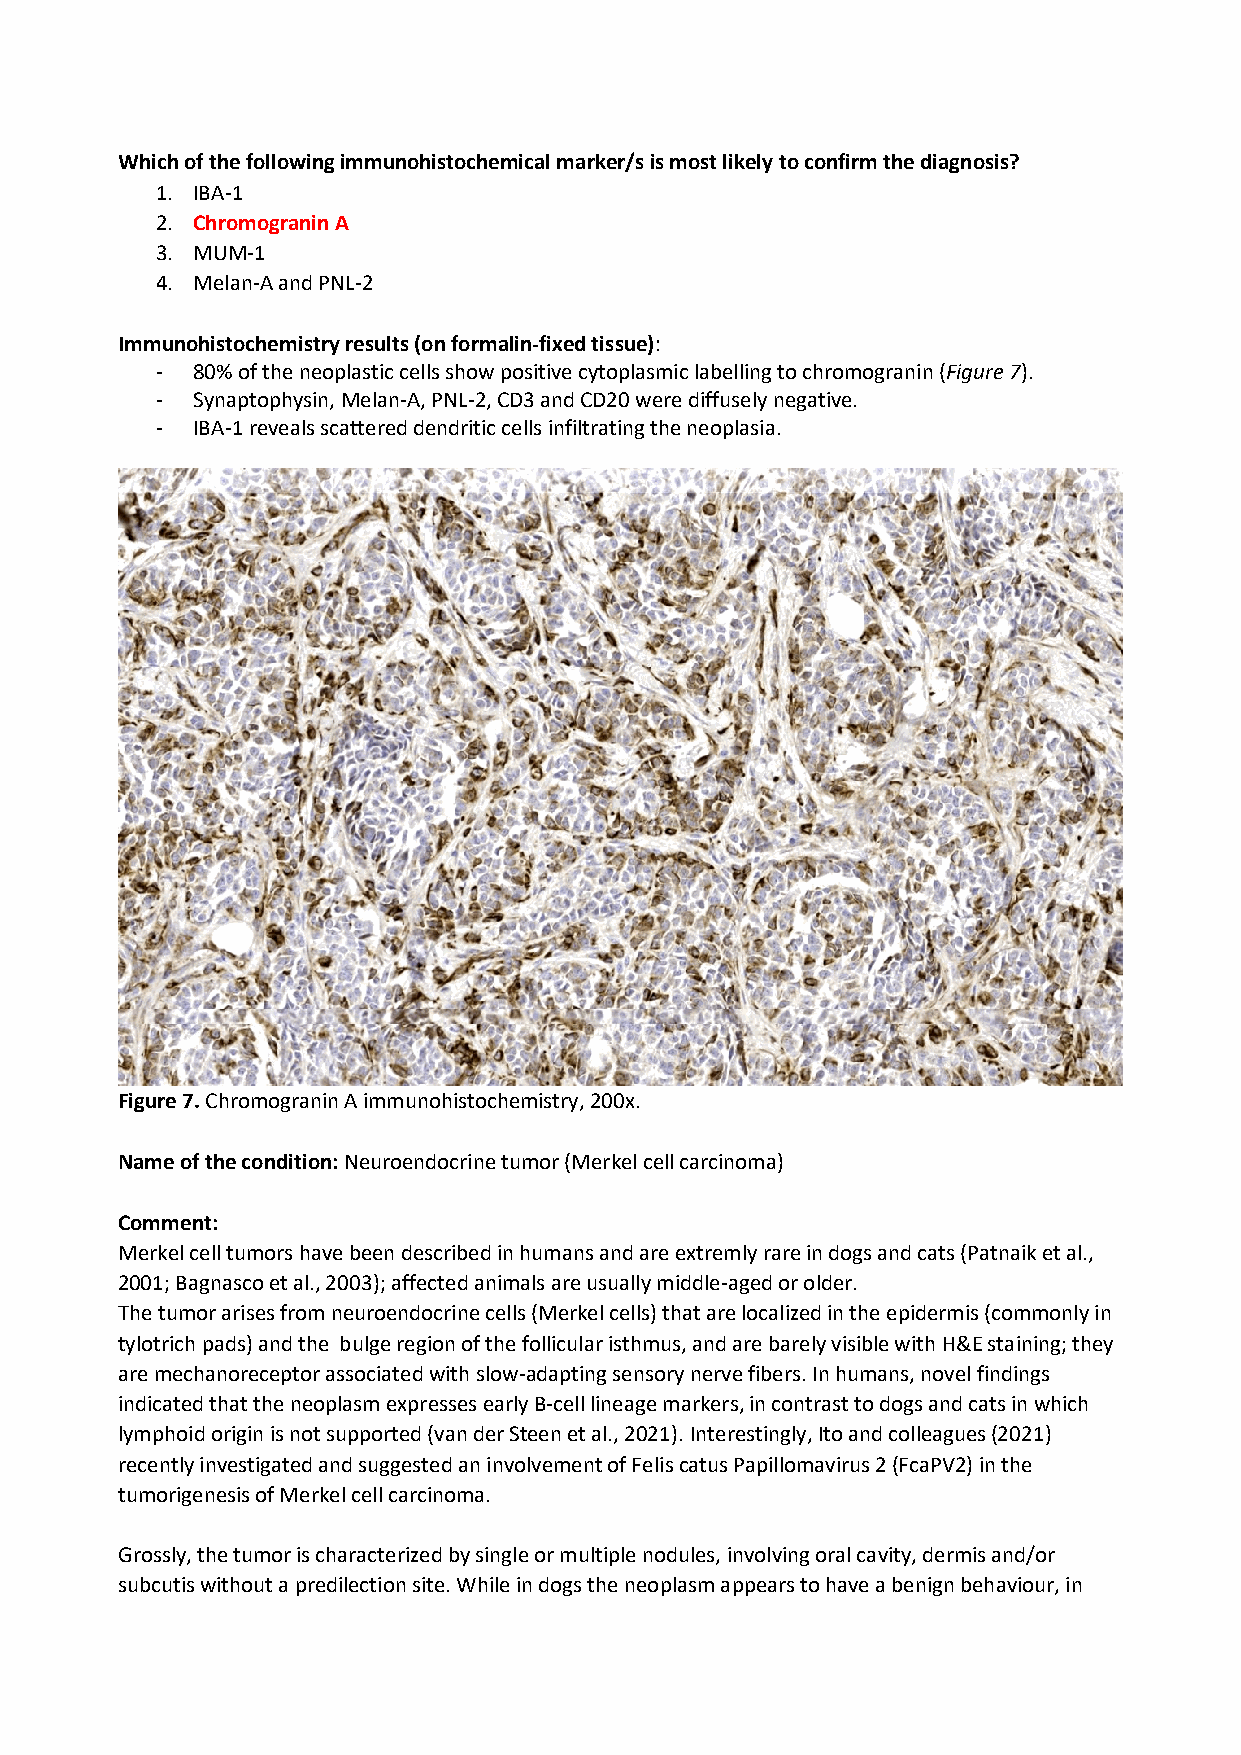
Which of the following immunohistochemical marker/s is most likely to confirm the diagnosis?
 1. IBA-1
 2. Chromogranin A
 3. MUM-1
 4. Melan-A and PNL-2
 Immunohistochemistry results (on formalin-fixed tissue):
 -  80% of the neoplastic cells show positive cytoplasmic labelling to chromogranin (Figure 7).
 -  Synaptophysin, Melan-A, PNL-2, CD3 and CD20 were diffusely negative.
 -  IBA-1 reveals scattered dendritic cells infiltrating the neoplasia.
 Figure 7. Chromogranin A immunohistochemistry, 200x.
 Name of the condition: Neuroendocrine tumor (Merkel cell carcinoma)
 Comment:
 Merkel cell tumors have been described in humans and are extremly rare in dogs and cats (Patnaik et al.,
 2001; Bagnasco et al., 2003); affected animals are usually middle-aged or older.
 The tumor arises from neuroendocrine cells (Merkel cells) that are localized in the epidermis (commonly in
 tylotrich pads) and the bulge region of the follicular isthmus, and are barely visible with H&E staining; they
 are mechanoreceptor associated with slow-adapting sensory nerve fibers. In humans, novel findings
 indicated that the neoplasm expresses early B-cell lineage markers, in contrast to dogs and cats in which
 lymphoid origin is not supported (van der Steen et al., 2021). Interestingly, Ito and colleagues (2021)
 recently investigated and suggested an involvement of Felis catus Papillomavirus 2 (FcaPV2) in the
 tumorigenesis of Merkel cell carcinoma.
 Grossly, the tumor is characterized by single or multiple nodules, involving oral cavity, dermis and/or
 subcutis without a predilection site. While in dogs the neoplasm appears to have a benign behaviour, in